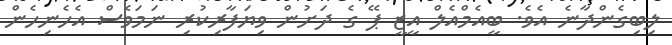
ލިބިގެންދާނެ އެވެ. ބީއެމްއެލް އީޒީ ޕޭ ގެ ދަށުން ވިޔަފާރިކުރި ނަމަވެސް އެހެނިހެން